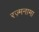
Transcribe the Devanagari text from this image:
रज़्मनामा